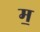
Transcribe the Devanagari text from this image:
म॒